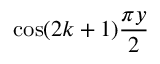
\cos ( 2 k + 1 ) { \frac { \pi y } { 2 } }